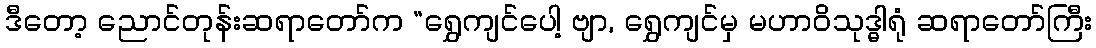
ဒီတော့ ညောင်တုန်းဆရာတော်က “ရွှေကျင်ပေါ့ ဗျာ, ရွှေကျင်မှ မဟာဝိသုဒ္ဓါရုံ ဆရာတော်ကြီး